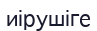
иірушіге